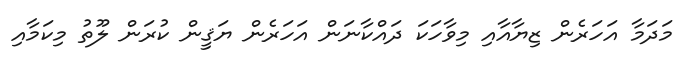
މަދަމާ އަހަރެން ޒިޔާއާއި މިވާހަކަ ދައްކާނަން އަހަރެން ޔަޤީން ކުރަން ލޫތު މިކަމާއި